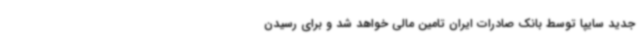
جدید سایپا توسط بانک صادرات ایران تامین مالی خواهد شد و برای رسیدن